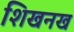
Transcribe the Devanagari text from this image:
शिखनख